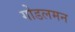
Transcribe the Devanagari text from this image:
गोडलमन